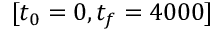
[ t _ { 0 } = 0 , t _ { f } = 4 0 0 0 ]